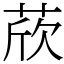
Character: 𦲽